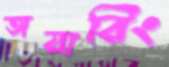
অয়ারিং